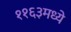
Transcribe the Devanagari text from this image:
११६३मध्ये